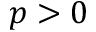
p > 0